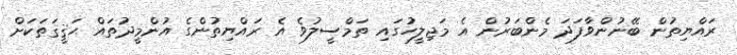
ރައްޔިތުން ބޭނުންވާފަދަ މެންބަރުން އެ މަޖިލީހުގައި ތަމްސީލުވެ އެ ރައްޔިތުންގެ އުންމީދުތައް ޙަޤީޤަތަކަށް